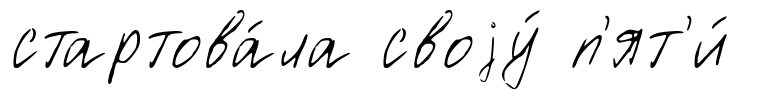
стартова́ла своjу́ п'ят'и́